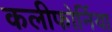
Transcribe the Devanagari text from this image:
कलीफोर्निया